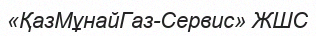
«ҚазМұнайГаз-Сервис» ЖШС